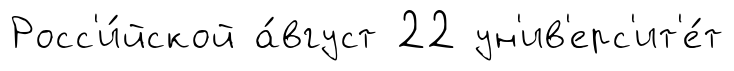
Росс'и́йской а́вгуст 22 ун'ив'ерс'ит'е́т